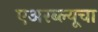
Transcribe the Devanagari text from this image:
एअरब्ल्यूचा